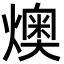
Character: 燠